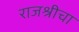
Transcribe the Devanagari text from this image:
राजश्रीचा